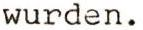
wurden.